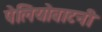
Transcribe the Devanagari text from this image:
पेलियोबाटनी